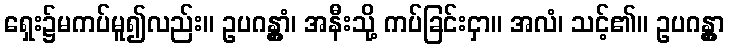
ရှေး၌မကပ်မူ၍လည်း။ ဥပဂန္တွာံ၊ အနီးသို့ ကပ်ခြင်းငှာ။ အလံ၊ သင့်၏။ ဥပဂန္တွာ